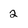
Character: 2